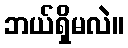
ဘယ်ရှိမလဲ။